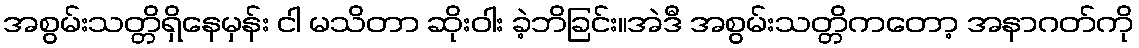
အစွမ်းသတ္တိရှိနေမှန်း ငါ မသိတာ ဆိုးဝါး ခဲ့ဘိခြင်း။အဲဒီ အစွမ်းသတ္တိကတော့ အနာဂတ်ကို